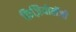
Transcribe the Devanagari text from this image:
फ़िज़ियोलॅजी